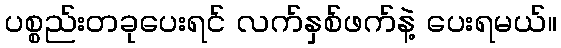
ပစ္စည်းတခုပေးရင် လက်နှစ်ဖက်နဲ့ ပေးရမယ်။